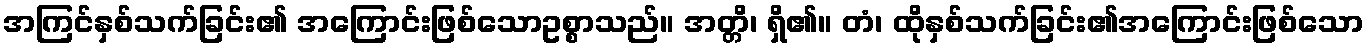
အကြင်နှစ်သက်ခြင်း၏ အကြောင်းဖြစ်သောဥစ္စာသည်။ အတ္တိ၊ ရှိ၏။ တံ၊ ထိုနှစ်သက်ခြင်း၏အကြောင်းဖြစ်သော